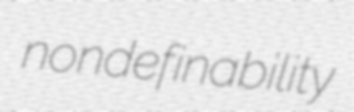
nondefinability